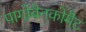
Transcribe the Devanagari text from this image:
पागोबैनकोमैट